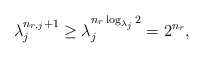
\begin{align*}\lambda_{j}^{n_{r,j}+1}\geq \lambda_j^{n_r\log_{\lambda_j}2}= 2^{n_r},\end{align*}